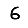
Digit: 6